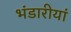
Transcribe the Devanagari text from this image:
भंडारीयां